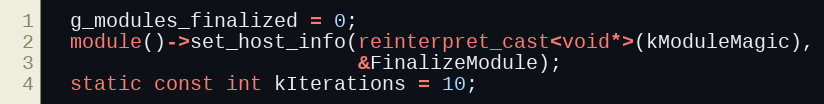
Language: C++
  g_modules_finalized = 0;
  module()->set_host_info(reinterpret_cast<void*>(kModuleMagic),
                          &FinalizeModule);
  static const int kIterations = 10;